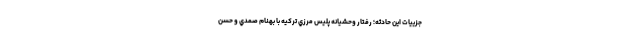
جزييات اين حادثه؛ رفتار وحشيانه پليس مرزي تركيه با بهنام صمدي و حسن